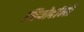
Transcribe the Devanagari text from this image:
जियोर्दानो